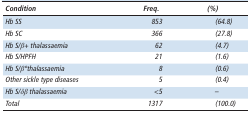
| Condition | Freq. | (%) |
 | --- | --- | --- |
 | Hb SS | 853 | (64.8) |
 | Hb SC | 366 | (27.8) |
 | Hb S/β+ thalassaemia | 62 | (4.7) |
 | Hb S/HPFH | 21 | (1.6) |
 | Hb S/β°thalassaemia | 8 | (0.6) |
 | Other sickle type diseases | 5 | (0.4) |
 | Hb S/δβ thalassaemia | <5 | – |
 | Total | 1317 | (100.0) |